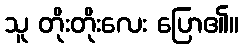
သူ တိုးတိုးလေး ပြော၏။